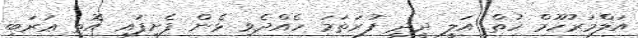
އަލްމަރުހޫމް ހުތް އަލީ ދީދީ ފުރަތަމަ ހެއްދެވި ޅެން ފެށިފައި އޮތީ ޢަރަބި